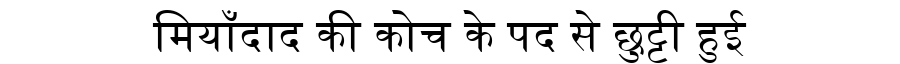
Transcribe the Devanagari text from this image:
मियाँदाद की कोच के पद से छुट्टी हुई